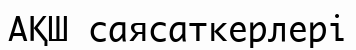
АҚШ саясаткерлері